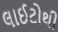
લાઈટોથી